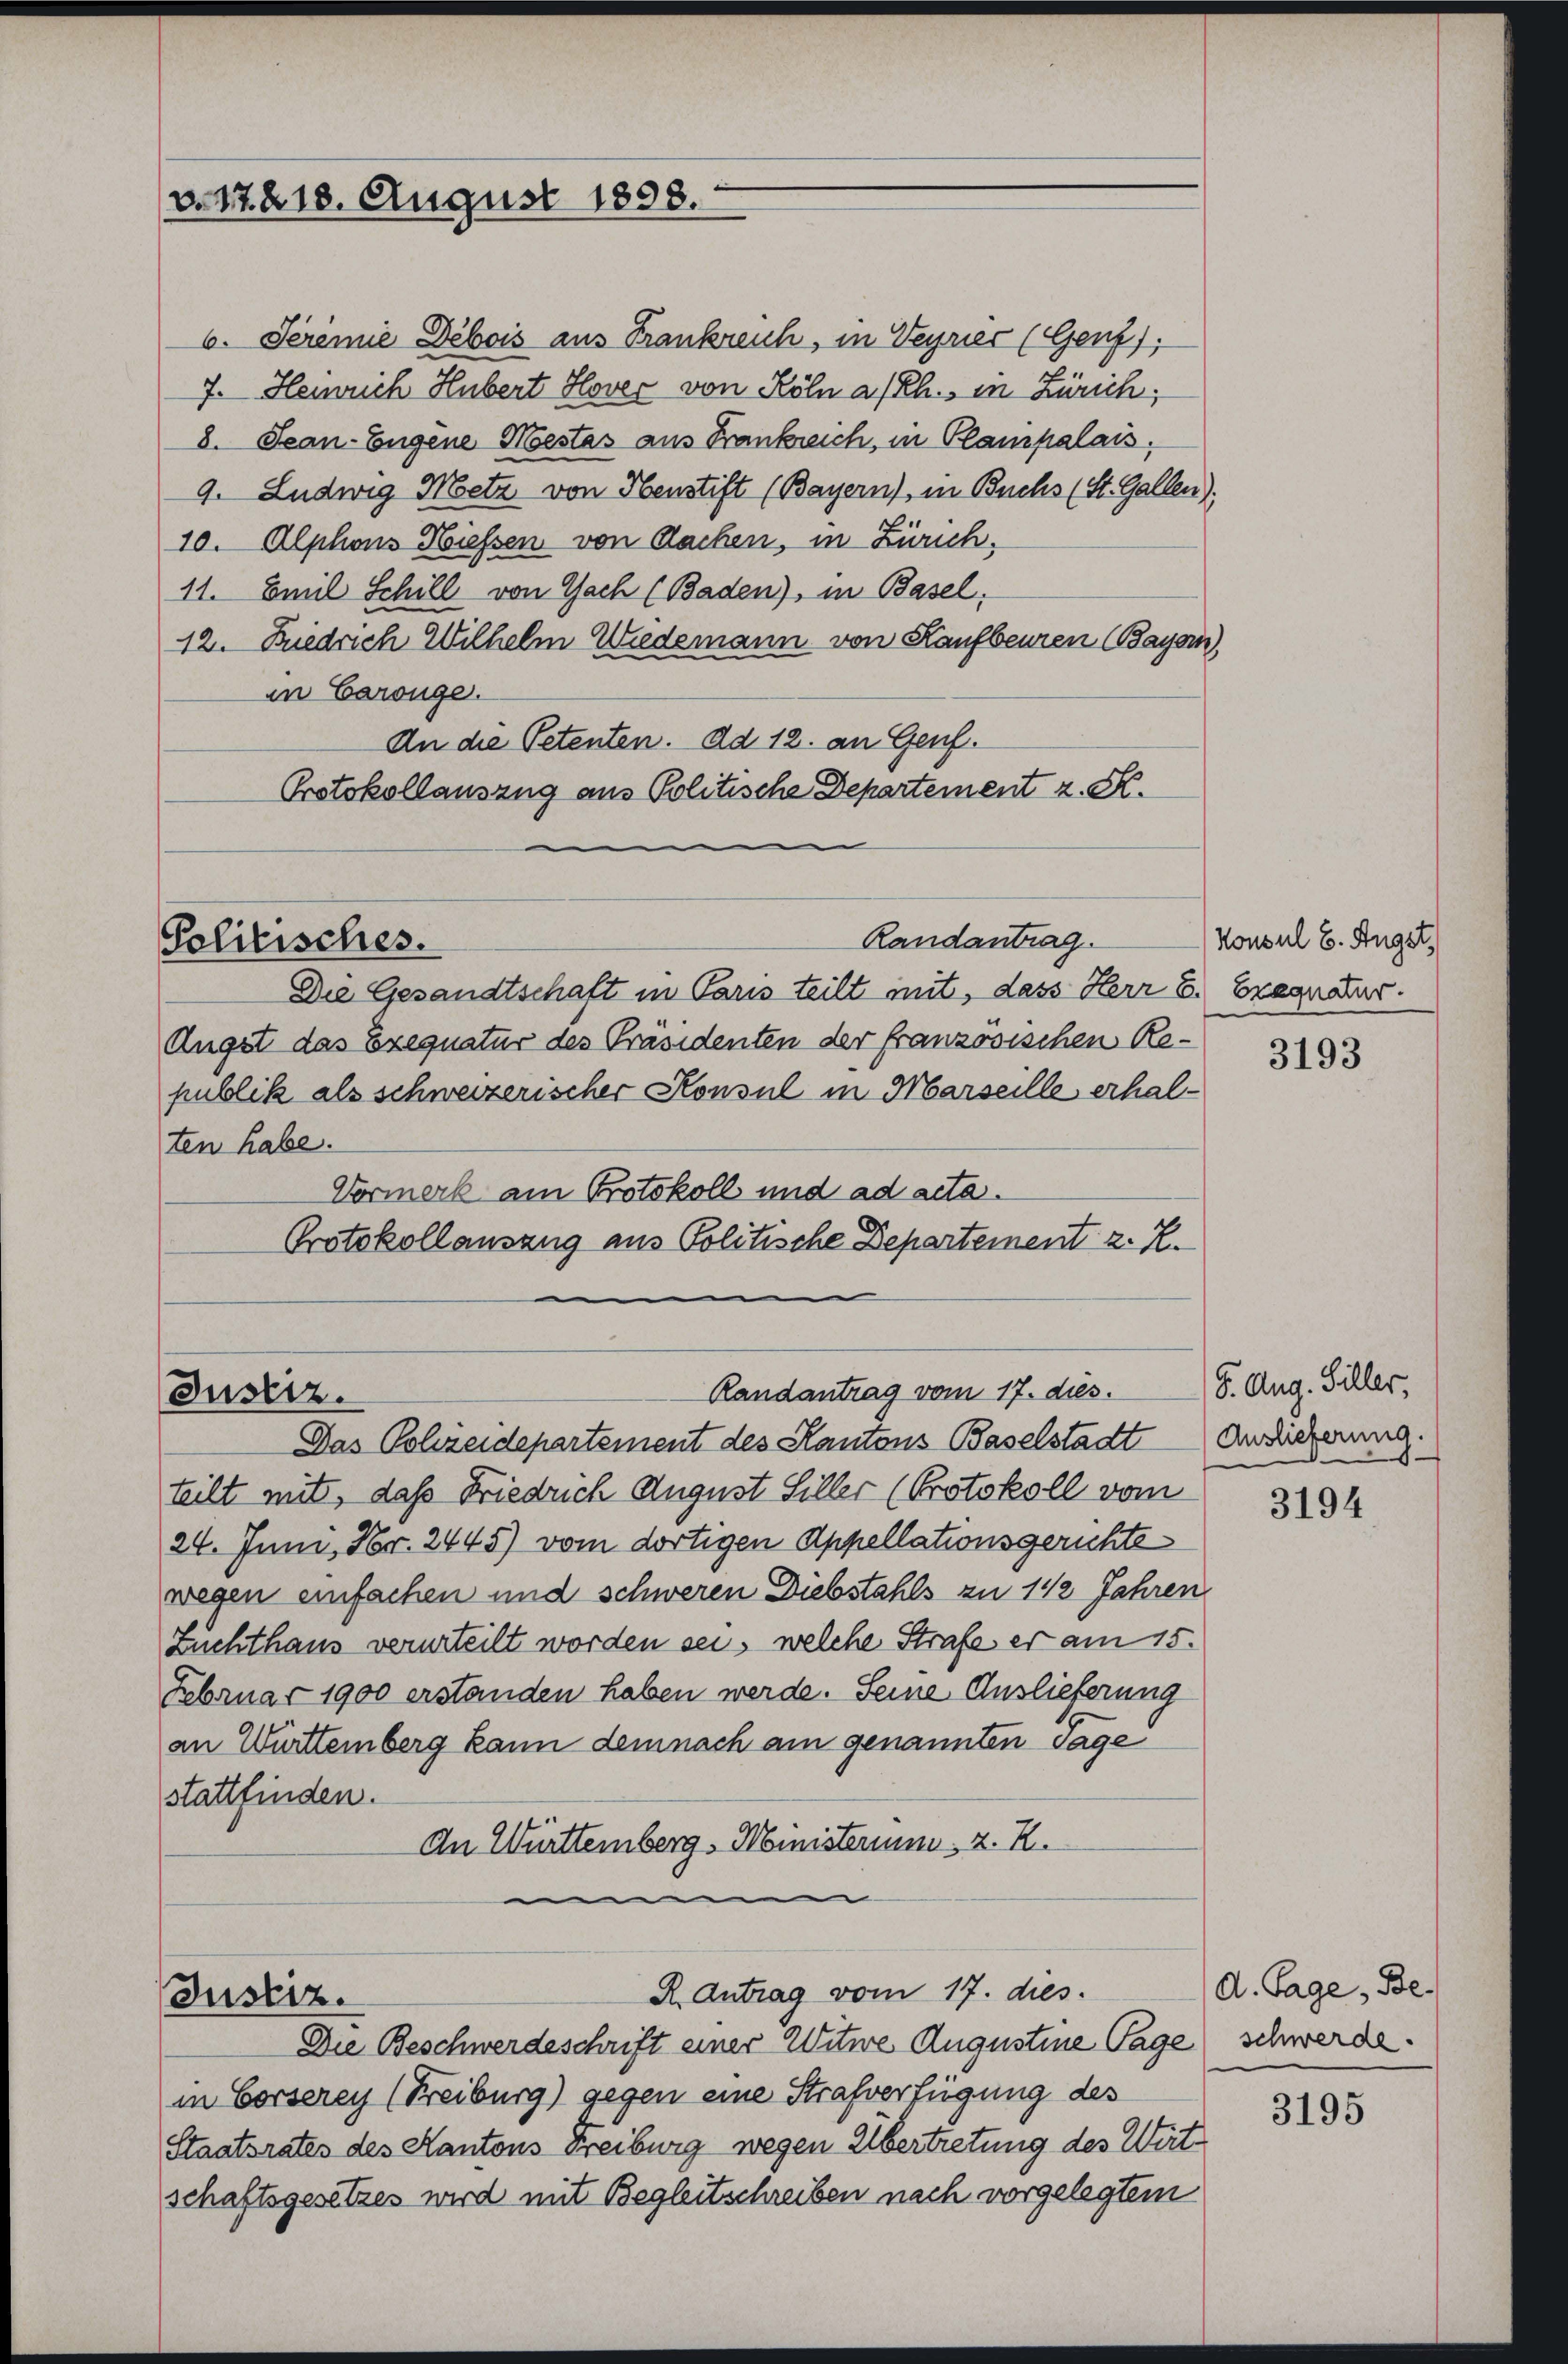
v. 17. 218. August 1898.

Politisches.

6. Seremie Débois aus Trankreich, in Veyrier (Genf),
7. Heinrich Hubert Hovec von Köln a/Rh., in Zürich;
8. Jean-Eugene Mestas aus Frankreich, in Plampalais.
9. Ludwig Metz von Obenstift (Bayern), in Buchs (St. Gallen).
10. Alphons Niessen von Sachen, in Zürich,
11. Emil Schill von Gach (Baden), in Basel,
12. Diedrich Wilhelm Wiedemann von Kaufbeuren (Bayern,
an Carönge.
An die Petenten. Ad 12. an Genf.
Protokollauszug aus Politische Departement z. S.

Randantrag.

Die Gesandtschaft in Paris teilt mit, dass Herr E. Exequatur.
Angst das Exequatur des Präsidenten der französischen Republik als schweizerischer Konsul in Marseille erhalten habe.
Vormerk am Protokoll und ad acta.
Protokollauszug aus Politische Departement z. R.

Randantrag vom 17. dies.
Justiz.
Das Polzeidepartement des Kantons Baselstadt

Justiz.

R. Antrag vom 17. dies

teilt mit, daß Friedrich August Siller (Protokoll vom
24. Juni, Nr. 2445) vom dortigen Appellationsgerichte
wegen einfachen und schweren Diebstahls zu 1 1/2 Jahren
Zuchthaus verurteilt worden sei, welche Strafe er am 15.
Februar 1900 erstanden haben werde. Seine Auslieferung
an Württemberg kann demnach am genannten Tage
stattfinden.
An Württemberg, Ministerium, z. R.

Die Beschwerdeschrift einer Witwe Augustine Tage schwerde.
in Corserey (Freiburg) gegen eine Strafverfügung des
Staatsrates des Kantons Freiburg wegen Übertretung des Wirt
schaftsgesetzes wird mit Begleitschreiben nach vorgelegtem

Konsul 6. Augst,

3193

5. Aug. Giller,
Auslieferung.

3194

A. Tage, Be
3195